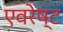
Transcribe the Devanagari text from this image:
एवरेष्ट